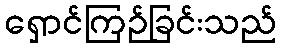
ရှောင်ကြဉ်ခြင်းသည်